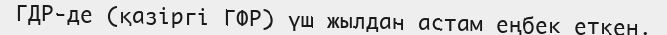
ГДР-де (қазіргі ГФР) үш жылдан астам еңбек еткен.